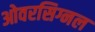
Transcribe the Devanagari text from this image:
ओवरसिग्नल